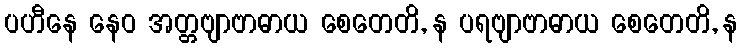
ပဟီနေ နေဝ အတ္တဗျာဗာဓာယ စေတေတိ, န ပရဗျာဗာဓာယ စေတေတိ, န